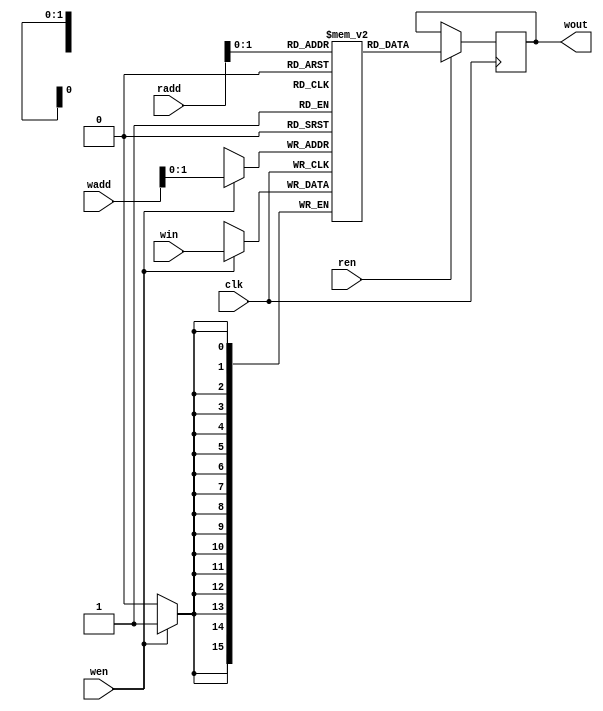
module Weight_Memory #(parameter numWeight = 3, neuronNo=5,layerNo=1,addressWidth=10,dataWidth=16,weightFile="w_1_15.mif") 
    ( 
    input clk,
    input wen,
    input ren,
    input [addressWidth-1:0] wadd,
    input [addressWidth-1:0] radd,
    input [dataWidth-1:0] win,
    output reg [dataWidth-1:0] wout);
    
    reg [dataWidth-1:0] mem [numWeight-1:0];    //parameterize the width of the memory and the depth of the memory 参数化内存宽度和深度
                                                //the depth of the memory depends upon how many weights you have, also the number of weights depends on the number of inputs to your neuron.
                                                //reg[dataWidth-1:0] mem [numWeight-1:0] -> numWeight个位宽为dataWidth的一维数组

    `ifdef pretrained   //This "ifdef ~ endif" is deciding whether this will act like a RAM or a ROM
        initial         //"pretrained" is a defined value which is defined in this "include.v" file.
                        //If it's defined -> more like ROM; if it's defined -> more like RAM.
		begin
	        $readmemb(weightFile, mem); //"readmemb" means the content of the file should be in binary format.
                                        //"readmemh" means the content of the file should be in hexadecimal format.
	    end
	`else
		always @(posedge clk)
		begin
			if (wen)    //If it's not defined as "pretrained" that means the values to the memory will be stored by some external circuitry that is what is written here (which is like our normal RAM).
                        //address and addressWeight should be written (parameter: wadd).
			begin
				mem[wadd] <= win;   //whatever input is coming, we'll store it in the memory.
			end
		end 
    `endif
    
    always @(posedge clk)
    begin
        if (ren)        //if a readable signal coming, there's a read address coming as well.
        begin
            wout <= mem[radd];
        end
    end 
endmodule